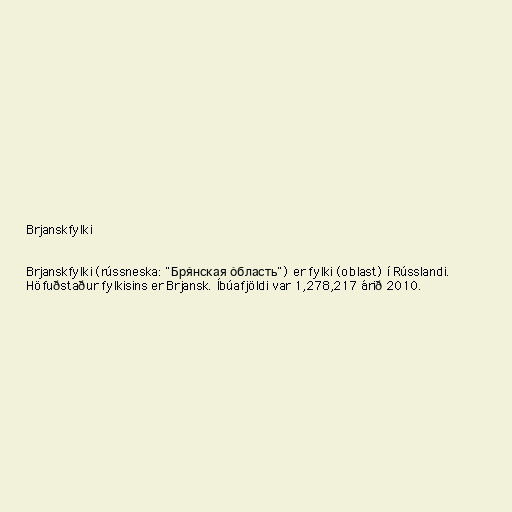
Brjanskfylki

Brjanskfylki (rússneska: "Бря́нская о́бласть") er fylki (oblast) í Rússlandi.
Höfuðstaður fylkisins er Brjansk. Íbúafjöldi var 1,278,217 árið 2010.